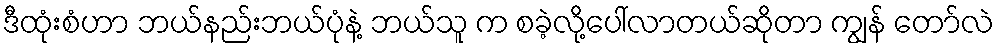
ဒီထုံးစံဟာ ဘယ်နည်းဘယ်ပုံနဲ့ ဘယ်သူ က စခဲ့လို့ပေါ်လာတယ်ဆိုတာ ကျွန် တော်လဲ